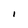
Character: I